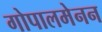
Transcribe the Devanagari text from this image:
गोपालमेनन